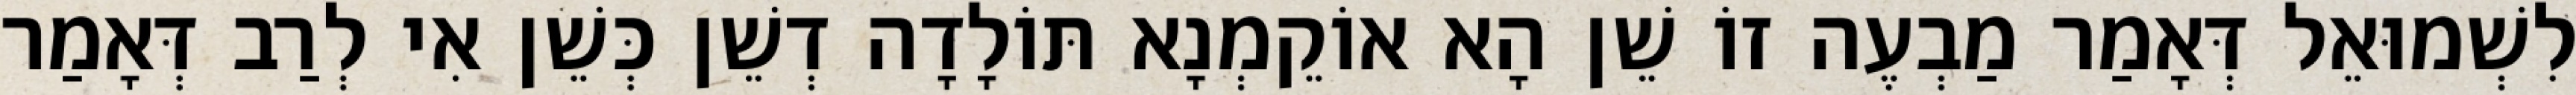
לִשְׁמוּאֵל דְּאָמַר מַבְעֶה זוֹ שֵׁן הָא אוֹקֵמְנָא תּוֹלָדָה דְשֵׁן כְּשֵׁן אִי לְרַב דְּאָמַר